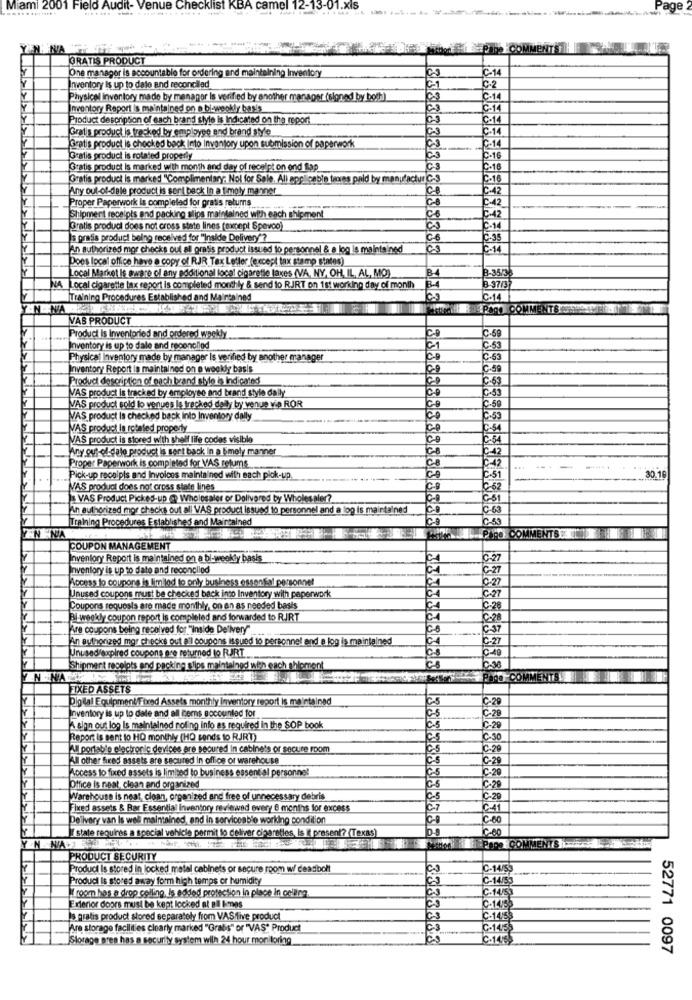
Miami 2001 Field Audit- Venue Checklist KBA camel 12-13-01.xIs
NA
Page COMMENTST
GRATIS PRODUCT
One manager is accountable for ordering and maintaining Inventory
C-14
Inventory is up to date and reconciled
C1
C-2
Physical Inventory made by manager is verified by another manager (signed by both]
C-14
Inventory Report is maintained on a bi-weekly basis
C-14
Product description of sach brand style is Indicated on the report
C-14
Gratis product is_tracked by employee and brand style
C3
C-14
Gratis product is chocked back into Inventory upon submission of paperwork
C-14
Gratis product is rotated property
23
C-16
Gratis product is marked with month and day of receipt on ond Lap
C.16
Gratis product is marked "Complimentary; Not for Sale. All applicable teores paid by manufactur C
C-16
Any out-of-dele product is sent back In a timely manner
C-42
CO
C-42
Proper Paperwork Is completed for gratis returns
CB
Shipment receipts and packing slips maintained with each shipment
-42
Gratis produci does not cross state lines (except Spevoo)
C-14
Is pratis produci being received for "Inside Delivery/?
C-35
An authorized mor checks oul all gratis product issued to personnel & a log is maintained
C-14
Poes local office have a copy of RJR Tax Letler (except fax stamp states)
Local Market Is aware of any additional local cigarette taxes (VA, NY, OH, IL, AL, MO)
B-35/35
LA Local cigarette tax report is completed monthly & send to RJRT on 1st working day of month
B-37/3
ITraining Procedures Established and Maintained
C-14
WITHPOCO COMMENTS
VAS PRODUCT
C-69
Product Is Inventoried and ordered weekly
CO
Inventory is up to dale and reconciled
01
C-53
Physical Inventory made by manager is verified by another manager
İC-53
Inventory Report Is maintained on e weekly basis
100
C-59
[Product description of each brand style is Indicated
C-53
C-43
VAS product is tracked by employee and brand style daily
MAS product sold lo venues le tracked dally by venue vip ROR
C.59
IVAS. product is checked back into Inventory dally
100
C-53
VAS product la rotated property
00
C-54
VAS product is stored with shelf life codes visible
Co
C-54
Any out-of dale product is sert back in a Smely manner
2-42
C-42
Proper Paperwork is completed for VAS retums
Pick-up rocalpis and Invoices maintained with each pick-up.
C-51
30.16
NAS product does not cross state lines
C-62
VAS Product Picked-up @ Wholesaler of Delivered by Wholes aler?
C-51
An authorized mor checks out all VAS product issued to personnel and a log is maintained
C-63
Training Procedures Established and Maintained
C-53
NA
PIRO COMMENTS
COUPON MANAGEMENT
Inventory Report Is maintained on a bi-weekly basis
C-27
Inventory is up to date and reconcliod
C-27
Access to coupons is limilod to only business essential personnel
0:27
Unused coupons must be checked back into Inventory with paperwork
C-27
Coupons requests are made monthly, on en as needed basis
C-28
Bl weekly coupon report is completed and forwarded to RJRT
C4
C.28
Are coupons being received for "inside Delivery"
C-6
C-37
An authorized mgr checks out a'l coupons issued to personnel and e log is maintained
C-A
C-27
Unused/expired coupons ere returned to RJRT
CA
C-49
Shipment recelots and packing slips maintained with each shipment
POD COMM
FIXED ASSETS
Digital Equipment/Fixed Assets monthly Inventory report is maintained
CS
C-20
Inventory is up to date and all items socountad for
C-28
A alon ous log Is maintained noling info as required in the SOP book
las
C-29
Report is sent to HO monthly (HO sends to RJRT)
C-30
All portab'o electronic devices are secured In cabinets or secure room
C.29
All other fixed assets are secured In office or warehouse
C-5
C.29
ocess to fixed assets is limited to business essential personnel
C-20
Office is neat, clean and organized
C-29
Warehouse is neat, clean, organized and free of unnecessary debris
C-29
Fixed assets & Bar Essential inventory reviewed every @ months for excess
C-41
Delivery van Is well maintained, and in serviceable working condition
ic-60
IT state requires a special vehicle permit to deliver cigaretles, is it present? (Texas)
Ropa COMM
PRODUCT SECURITY
[Product Is stored in locked metal cabinets or secure room w/ deadbolt
C-14/53
[ Product Is stored away form high temps or humidity
C-14/53
ITroom has e drop colling, Is added protection in place In collina
C.14/55
Exterior doors must be kept locked at all kmes
C-14/5
Is pratis product stored separately from VASfive product
C-14/55
Are storage facilities clearly marked "Grabis" or "VAS" Product
C-1453
Storage pres has a security system wilh 24 hour moniloring
C-1415
52771 0097